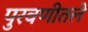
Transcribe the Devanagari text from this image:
पुरवणीतले